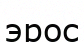
эрос